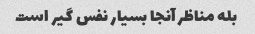
بله مناظر آنجا بسیار نفس گیر است